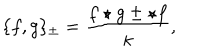
LaTeX: \{ f , g \} _ { \pm } = \frac { f \star g \pm \star f } { \kappa } ,